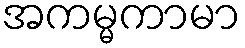
အကမ္မကာမာ